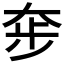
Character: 𡘧